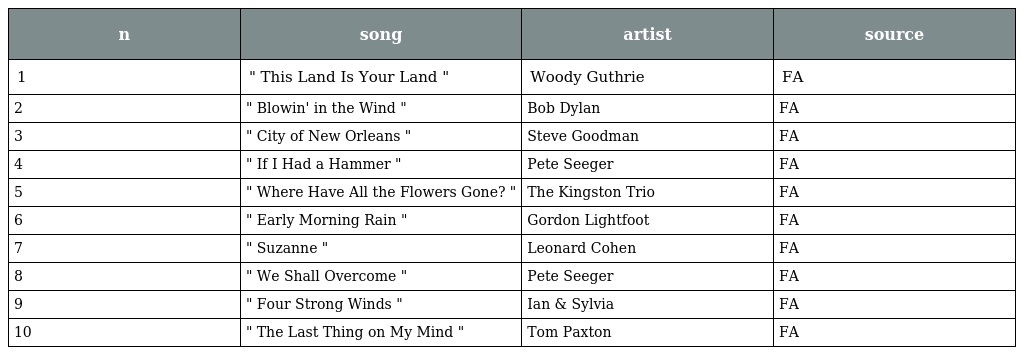
| n | song | artist | source |
 | --- | --- | --- | --- |
 | 1 | " This Land Is Your Land " | Woody Guthrie | FA |
 | 2 | " Blowin' in the Wind " | Bob Dylan | FA |
 | 3 | " City of New Orleans " | Steve Goodman | FA |
 | 4 | " If I Had a Hammer " | Pete Seeger | FA |
 | 5 | " Where Have All the Flowers Gone? " | The Kingston Trio | FA |
 | 6 | " Early Morning Rain " | Gordon Lightfoot | FA |
 | 7 | " Suzanne " | Leonard Cohen | FA |
 | 8 | " We Shall Overcome " | Pete Seeger | FA |
 | 9 | " Four Strong Winds " | Ian & Sylvia | FA |
 | 10 | " The Last Thing on My Mind " | Tom Paxton | FA |